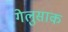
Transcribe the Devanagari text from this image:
गेलुसाक